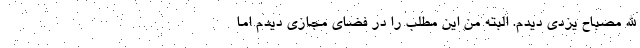
الله مصباح یزدی دیدم. البته من این مطلب را در فضای مجازی دیدم اما